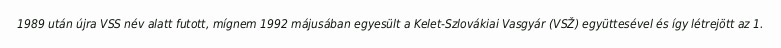
1989 után újra VSS név alatt futott, mígnem 1992 májusában egyesült a Kelet-Szlovákiai Vasgyár (VSŽ) együttesével és így létrejött az 1.